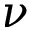
\nu